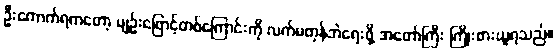
ဦးကောက်ရကတော့ မျဉ်းဖြောင့်တစ်ကြောင်းကို လက်မတုန်ဘဲရေးဖို့ အတော်ကြီး ကြိုးစားယူရသည်။